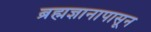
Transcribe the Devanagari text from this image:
ब्रह्मज्ञानापासून